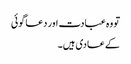
تو وہ عبادت اور دعا گوئی
کے عادی ہیں۔